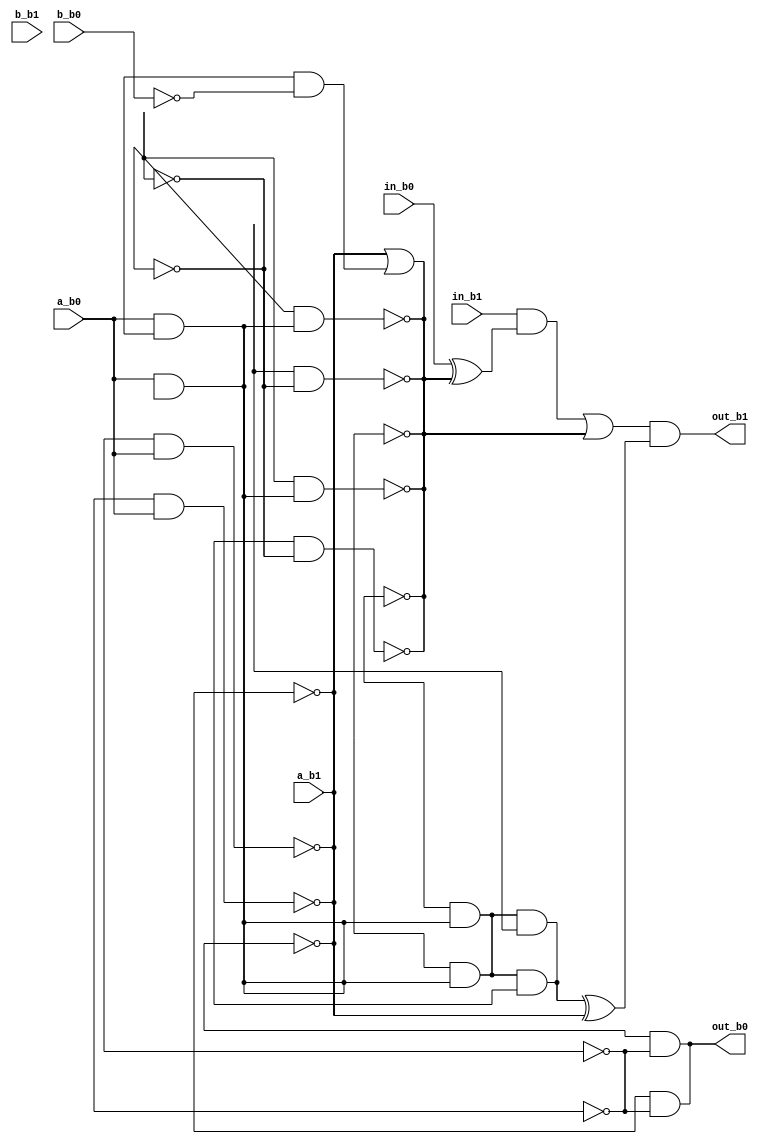
// ...
module top(in_b1 ,in_b0 ,a_b1 ,a_b0 ,b_b1 ,b_b0 ,out_b1 ,out_b0 );
input in_b1 ,in_b0 ,a_b1 ,a_b0 ,b_b1 ,b_b0 ;
output out_b1 ,out_b0 ;

wire n2_b1 , n2_b0 , n1_b1 , n1_b0 , en1_b1 , en1_b0 , en2b_b1 , en2b_b0 , en1b_b1 , en1b_b0 , 
		out_b1 , out_b0 , b_b1 , b_b0 , a_b1 , a_b0 , in_b1 , in_b0 , w_0 , w_1 , 
		w_2 , w_3 , w_4 , w_5 , w_6 , w_7 , w_8 , w_9 , w_10 , w_11 , 
		w_12 , w_13 , w_14 , w_15 , w_16 , w_17 , w_18 , w_19 , w_20 , w_21 , 
		w_22 , w_23 , w_24 , w_25 , w_26 , w_27 ;
or ( en1b_b1 , a_b1 , w_2 );
not ( b_b1 , w_0 );
and ( en1b_b0 , a_b0 , w_1 );
and ( w_0 , w_1 , w_3 );
not ( w_2 , b_b1 );
not ( w_3 , b_b0 );
buf ( en2b_b1 , a_b1 );
not ( en2b_b1 , w_4 );
not ( en2b_b0 , w_5 );
and ( w_4 , w_5 , a_b0 );
buf ( en1_b1 , en1b_b1 );
not ( en1_b1 , w_6 );
not ( en1_b0 , w_7 );
and ( w_6 , w_7 , en1b_b0 );
and ( n1_b1 , in_b1 , w_8 );
xor ( w_8 , in_b0 , en1b_b1 );
not ( en1b_b1 , w_9 );
and ( n1_b0 , w_9 , en1b_b0 );
or ( n2_b1 , n1_b1 , en1_b1 );
not ( en1_b1 , w_10 );
and ( n2_b0 , n1_b0 , w_11 );
and ( w_10 , w_11 , en1_b0 );
and ( out_b1 , n2_b1 , w_12 );
xor ( w_12 , n2_b0 , en2b_b1 );
not ( en2b_b1 , w_13 );
and ( out_b0 , w_13 , en2b_b0 );
or ( en1b_b1 , a_b1 , w_16 );
not ( b_b1 , w_14 );
and ( en1b_b0 , a_b0 , w_15 );
and ( w_14 , w_15 , w_17 );
not ( w_16 , b_b1 );
not ( w_17 , b_b0 );
buf ( en2b_b1 , a_b1 );
not ( en2b_b1 , w_18 );
not ( en2b_b0 , w_19 );
and ( w_18 , w_19 , a_b0 );
buf ( en1_b1 , en1b_b1 );
not ( en1_b1 , w_20 );
not ( en1_b0 , w_21 );
and ( w_20 , w_21 , en1b_b0 );
and ( n1_b1 , in_b1 , w_22 );
xor ( w_22 , in_b0 , en1b_b1 );
not ( en1b_b1 , w_23 );
and ( n1_b0 , w_23 , en1b_b0 );
or ( n2_b1 , n1_b1 , en1_b1 );
not ( en1_b1 , w_24 );
and ( n2_b0 , n1_b0 , w_25 );
and ( w_24 , w_25 , en1_b0 );
and ( out_b1 , n2_b1 , w_26 );
xor ( w_26 , n2_b0 , en2b_b1 );
not ( en2b_b1 , w_27 );
and ( out_b0 , w_27 , en2b_b0 );
endmodule